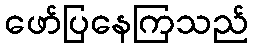
ဖော်ပြနေကြသည်